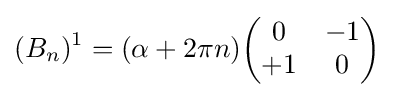
(B_{n})^{1}=(\alpha +2\pi n){\begin{pmatrix}0&-1\\+1&0\\\end{pmatrix}}